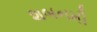
શબનમી